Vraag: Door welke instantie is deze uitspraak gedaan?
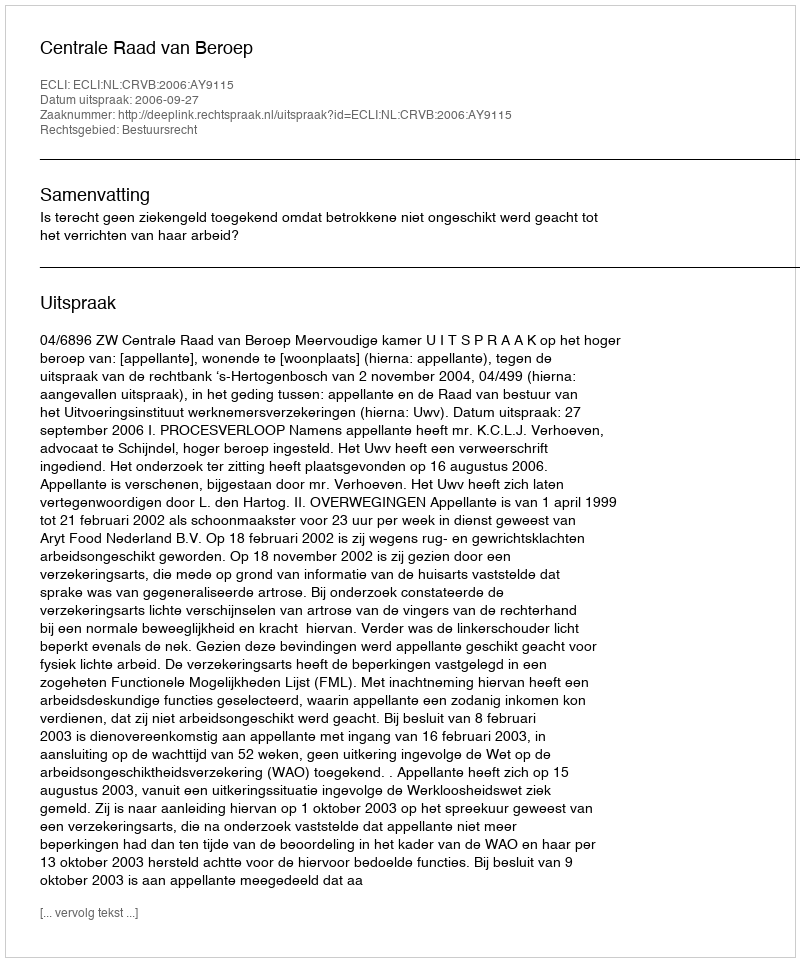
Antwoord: Centrale Raad van Beroep